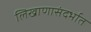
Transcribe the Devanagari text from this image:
लिखाणासंदर्भात